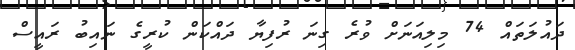
ދައުލަތައް 74 މިލިއަނަށް ވުރެ ގިނަ ރުފިޔާ ދައްކަން ކުރީގެ ނައިބު ރައީސް